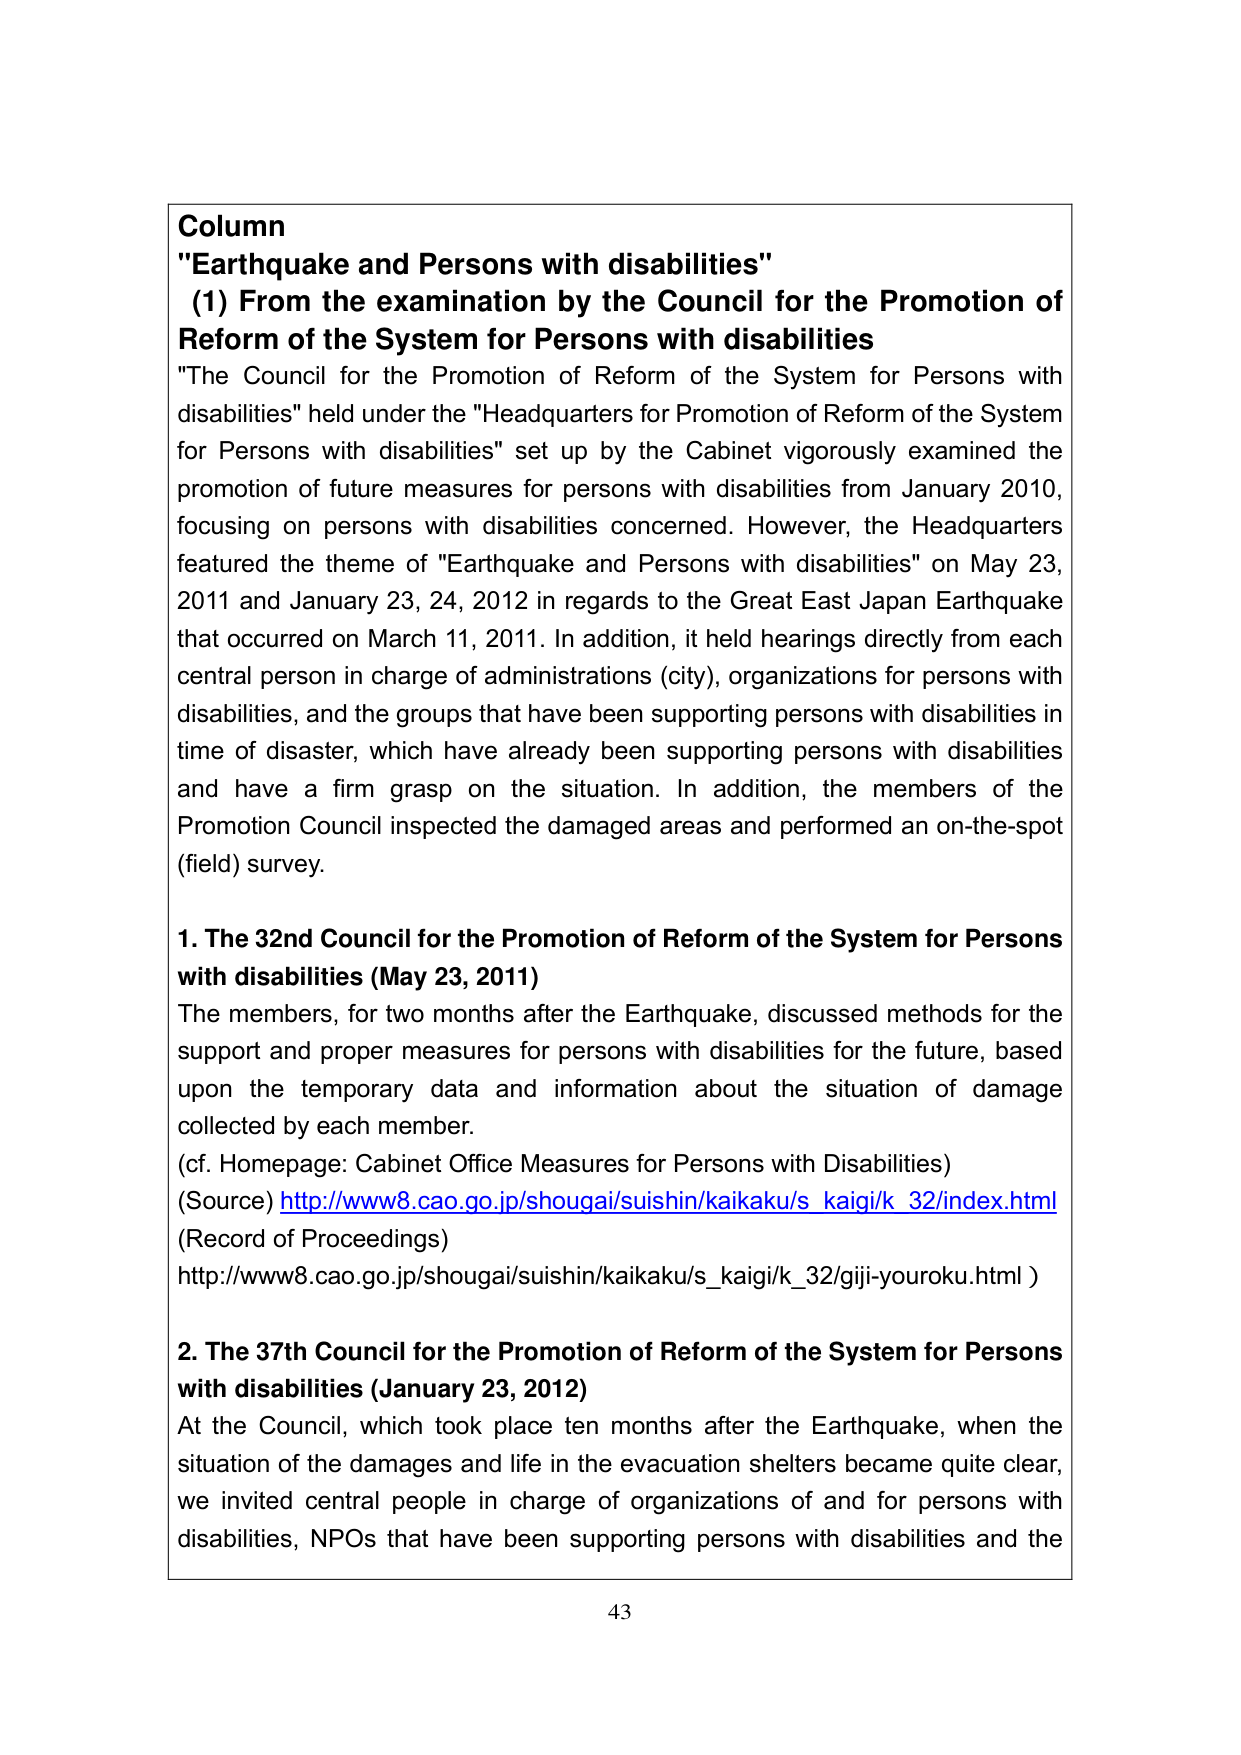
Column
"Earthquake and Persons with disabilities"
(1) From the examination by the Council for the Promotion of Reform of the System for Persons with disabilities
"The Council for the Promotion of Reform of the System for Persons with disabilities" held under the "Headquarters for Promotion of Reform of the System for Persons with disabilities" set up by the Cabinet vigorously examined the promotion of future measures for persons with disabilities from January 2010, focusing on persons with disabilities concerned. However, the Headquarters featured the theme of "Earthquake and Persons with disabilities" on May 23, 2011 and January 23, 24, 2012 in regards to the Great East Japan Earthquake that occurred on March 11, 2011. In addition, it held hearings directly from each central person in charge of administrations (city), organizations for persons with disabilities, and the groups that have been supporting persons with disabilities in time of disaster, which have already been supporting persons with disabilities and have a firm grasp on the situation. In addition, the members of the Promotion Council inspected the damaged areas and performed an on-the-spot (field) survey.

1. The 32nd Council for the Promotion of Reform of the System for Persons with disabilities (May 23, 2011)
The members, for two months after the Earthquake, discussed methods for the support and proper measures for persons with disabilities for the future, based upon the temporary data and information about the situation of damage collected by each member.
(cf. Homepage: Cabinet Office Measures for Persons with Disabilities)
(Source) http://www8.cao.go.jp/shougai/suishin/kaikaku/s_kaigi/k_32/index.html
(Record of Proceedings)
http://www8.cao.go.jp/shougai/suishin/kaikaku/s_kaigi/k_32/giji-youroku.html )

2. The 37th Council for the Promotion of Reform of the System for Persons with disabilities (January 23, 2012)
At the Council, which took place ten months after the Earthquake, when the situation of the damages and life in the evacuation shelters became quite clear, we invited central people in charge of organizations of and for persons with disabilities, NPOs that have been supporting persons with disabilities and the

43